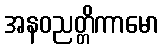
အနဝညတ္တိကာမော